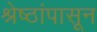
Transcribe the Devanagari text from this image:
श्रेष्ठांपासून